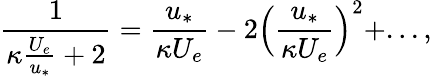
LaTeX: \frac{1}{\kappa\frac{U_{e}}{u_{*}}+2}=\frac{u_{*}}{\kappa U_{e}}-2\Big(\frac{u_{*}}{\kappa U_{e}}\Big)^{2}+...,